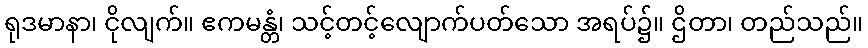
ရုဒမာနာ၊ ငိုလျက်။ ဧကမန္တံ၊ သင့်တင့်လျောက်ပတ်သော အရပ်၌။ ဌိတာ၊ တည်သည်။